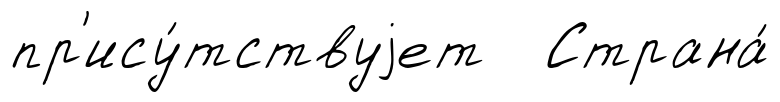
пр'ису́тствуjет Страна́